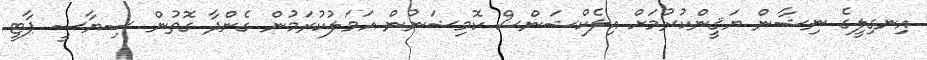
އިނގިލީގެ ނިޝާން ޔަޤީންކުރުމަށް އިލެކްޝަންސް ކޮމިޝަނުން އަމަލުކުރަމުން ގެންދާ ގޮތުން ސިޔާސީ ޕާޓީ